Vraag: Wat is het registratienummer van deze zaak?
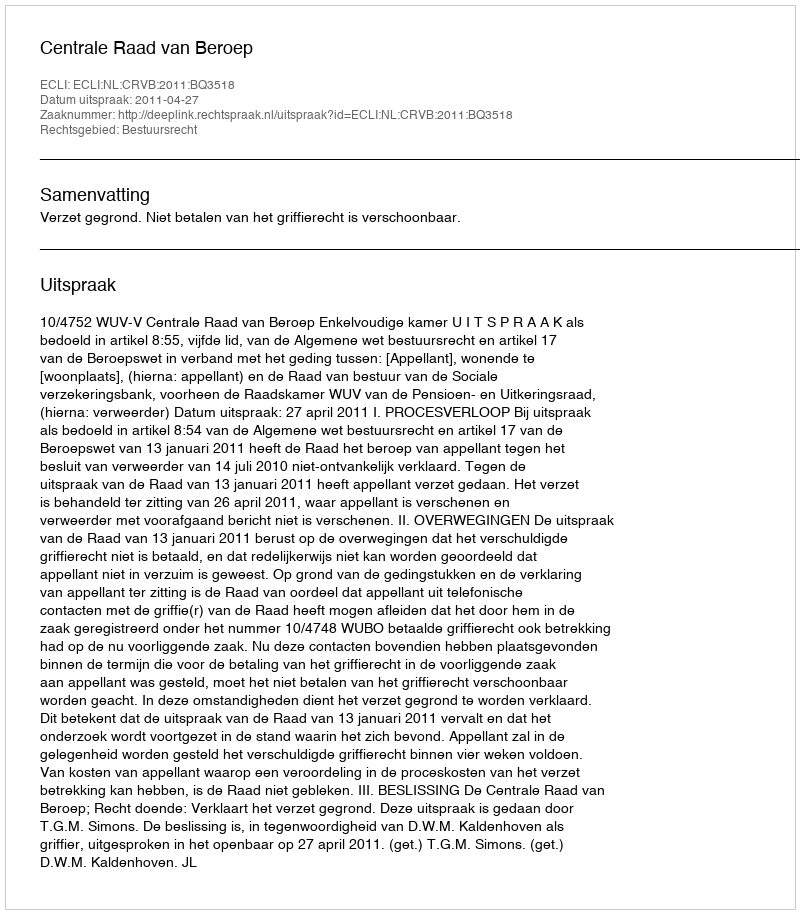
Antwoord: http://deeplink.rechtspraak.nl/uitspraak?id=ECLI:NL:CRVB:2011:BQ3518